Report of the Bombay Plague Committee
Disease focus: Plague
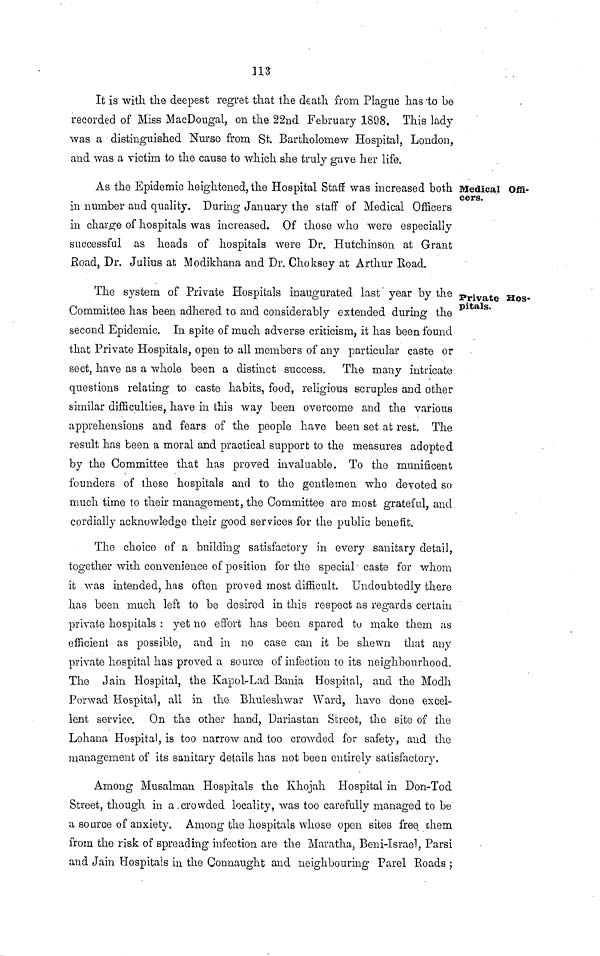
113
It is with the deepest regret that the death from Plague has to be
recorded of Miss MacDougal, on the 22nd February 1898. This lady
was a distinguished Nurse from St. Bartholomew Hospital, London,
and was a victim to the cause to which she truly gave her life.
Medical Offi-
cers.
As the Epidemic heightened, the Hospital Staff was increased both
in number and quality. During January the staff of Medical Officers
in charge of hospitals was increased. Of those who were especially
successful as heads of hospitals were Dr. Hutchinson at Grant
Road, Dr. Julius at Modikhana and Dr. Choksey at Arthur Road.
Private Hos-
pitals.
The system of Private Hospitals inaugurated last year by the
Committee has been adhered to and considerably extended during the
second Epidemic. In spite of much adverse criticism, it has been found
that Private Hospitals, open to all members of any particular caste or
sect, have as a whole been a distinct success. The many intricate
questions relating to caste habits, food, religious scruples and other
similar difficulties, have in this way been overcome and the various
apprehensions and fears of the people have been set at rest. The
result has been a moral and practical support to the measures adopted
by the Committee that has proved invaluable. To the munificent
founders of these hospitals and to the gentlemen who devoted so
much time to their management, the Committee are most grateful, and
cordially acknowledge their good services for the public benefit.
The choice of a building satisfactory in every sanitary detail,
together with convenience of position for the special caste for whom
it was intended, has often proved most difficult. Undoubtedly there
has been much left to be desired in this respect as regards certain
private hospitals : yet no effort has been spared to make them as
efficient as possible, and in no case can it be shewn that any
private hospital has proved a source of infection to its neighbourhood.
The Jain Hospital, the Kapol-Lad Bania Hospital, and the Modh
Porwad Hospital, all in the Bhuleshwar Ward, have done excel-
lent service. On the other hand, Dariastan Street, the site of the
Lohana Hospital, is too narrow and too crowded for safety, and the
management of its sanitary details has not been entirely satisfactory.
Among Musalman Hospitals the Khojah Hospital in Don-Tod
Street, though in a crowded locality, was too carefully managed to be
a so urce of anxiety. Among the hospitals whose open sites free them
from the risk of spreading infection are the Maratha, Beni-Israel, Parsi
and Jain Hospitals in the Connaught and neighbouring Parel Roads ;